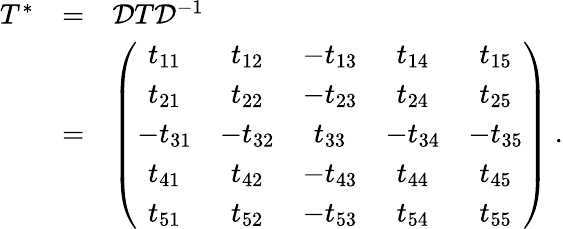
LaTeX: \begin{array}{rcl}{{T^{*}}}&{{=}}&{{{\cal D}T{\cal D}^{-1}}}\\ {{}}&{{=}}&{{\left(\begin{array}{ccccc}{{t_{11}}}&{{t_{12}}}&{{-t_{13}}}&{{t_{14}}}&{{t_{15}}}\\ {{t_{21}}}&{{t_{22}}}&{{-t_{23}}}&{{t_{24}}}&{{t_{25}}}\\ {{-t_{31}}}&{{-t_{32}}}&{{t_{33}}}&{{-t_{34}}}&{{-t_{35}}}\\ {{t_{41}}}&{{t_{42}}}&{{-t_{43}}}&{{t_{44}}}&{{t_{45}}}\\ {{t_{51}}}&{{t_{52}}}&{{-t_{53}}}&{{t_{54}}}&{{t_{55}}}\end{array}\right)~.}}\end{array}